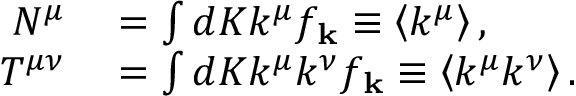
\begin{array} { r l } { N ^ { \mu } } & { { } = \int d K k ^ { \mu } f _ { \mathbf { k } } \equiv \left\langle k ^ { \mu } \right\rangle , } \\ { T ^ { \mu \nu } } & { { } = \int d K k ^ { \mu } k ^ { \nu } f _ { \mathbf { k } } \equiv \left\langle k ^ { \mu } k ^ { \nu } \right\rangle . } \end{array}